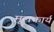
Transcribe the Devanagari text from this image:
मूलकार्य